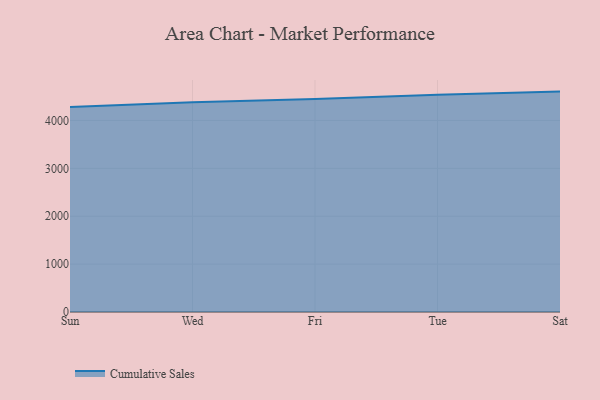
{"axis": {"x": "Day", "y": "Humidity (%)"}, "legend": ["Cumulative Sales"], "data": [{"x": "Sun", "y": 4279.5, "type": "Cumulative Sales"}, {"x": "Wed", "y": 4382.2, "type": "Cumulative Sales"}, {"x": "Fri", "y": 4448.8, "type": "Cumulative Sales"}, {"x": "Tue", "y": 4539.3, "type": "Cumulative Sales"}, {"x": "Sat", "y": 4603.4, "type": "Cumulative Sales"}]}